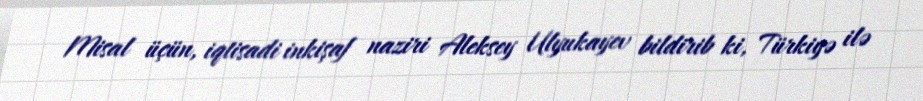
Misal üçün, iqtisadi inkişaf naziri Aleksey Ulyukayev bildirib ki, Türkiyə ilə